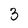
Character: 3